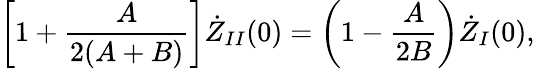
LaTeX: \left[1+\frac{A}{2(A+B)}\right]\dot{Z}_{II}(0)=\left(1-\frac{A}{2B}\right)\dot{Z}_{I}(0),